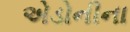
એડોનીના